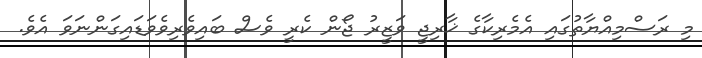
މި ރަސްމިއްޔާތުގައި އެމެރިކާގެ ޚާރިޖީ ވަޒީރު ޖޯން ކެރީ ވެސް ބައިވެރިވެވަޑައިގަންނަވަ އެވެ.